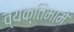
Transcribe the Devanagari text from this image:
व्यक्तिमामे